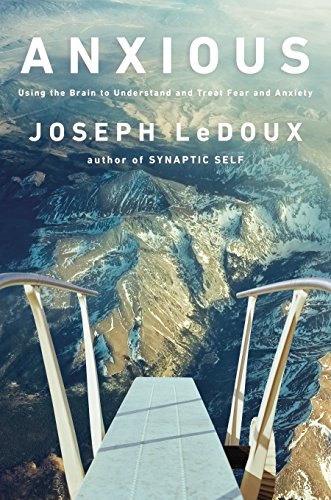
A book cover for Anxious: Using the Brain to Understand and Treat Fear and Anxiety; Joseph LeDoux; Medical Books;